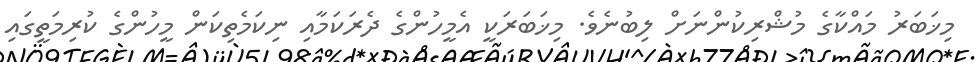
މިޚަބަރު މައްކާގެ މުޝްރިކުންނަށް ލިބުނެވެ. މިޚަބަރަކީ އެމީހުންގެ ދެރަކަމާއި ނިކަމެތިކަން މީހުންގެ ކުރިމަތީގައި